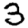
Digit: 3